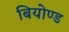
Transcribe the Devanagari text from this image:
बियोण्ड